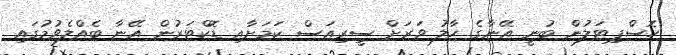
ހޮސްޕިޓަލުން ބުނީ އޭނާގެ ހާލު ވަރަށް ސީރިއަސް ކަމަށާއި ޑޮކްޓަރުން އޭނާ ބެއްލެވުމުގައި